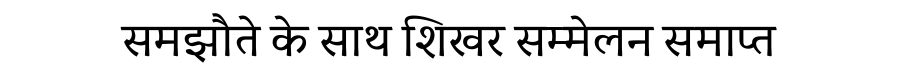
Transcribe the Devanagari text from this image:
समझौते के साथ शिखर सम्मेलन समाप्त